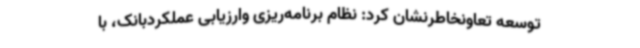
توسعه تعاونخاطرنشان کرد: نظام برنامه‌ریزی وارزیابی عملکردبانک، با